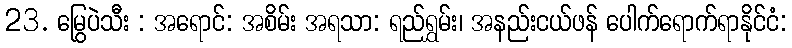
23. မြွေပဲသီး : အရောင်: အစိမ်း အရသာ: ရည်ရွှမ်း၊ အနည်းငယ်ဖန် ပေါက်ရောက်ရာနိုင်ငံ: